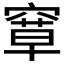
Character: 𰩗